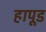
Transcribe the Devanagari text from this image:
हापूड